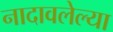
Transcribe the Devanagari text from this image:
नादावलेल्या